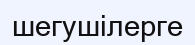
шегушілерге